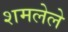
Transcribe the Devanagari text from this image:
शमलेले